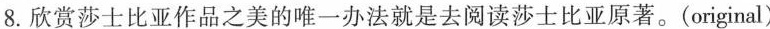
8.欣赏莎士比亚作品之美的唯一办法就是去阅读莎士比亚原著。(original)